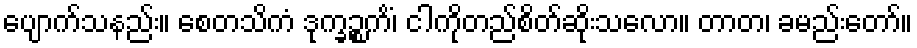
ပျောက်သနည်း။ စေတသိကံ ဒုက္ခဉ္စကိံ၊ ငါကိုတည်စိတ်ဆိုးသလော။ တာတ၊ ခမည်းတော်။